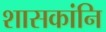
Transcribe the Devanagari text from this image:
शासकांनि